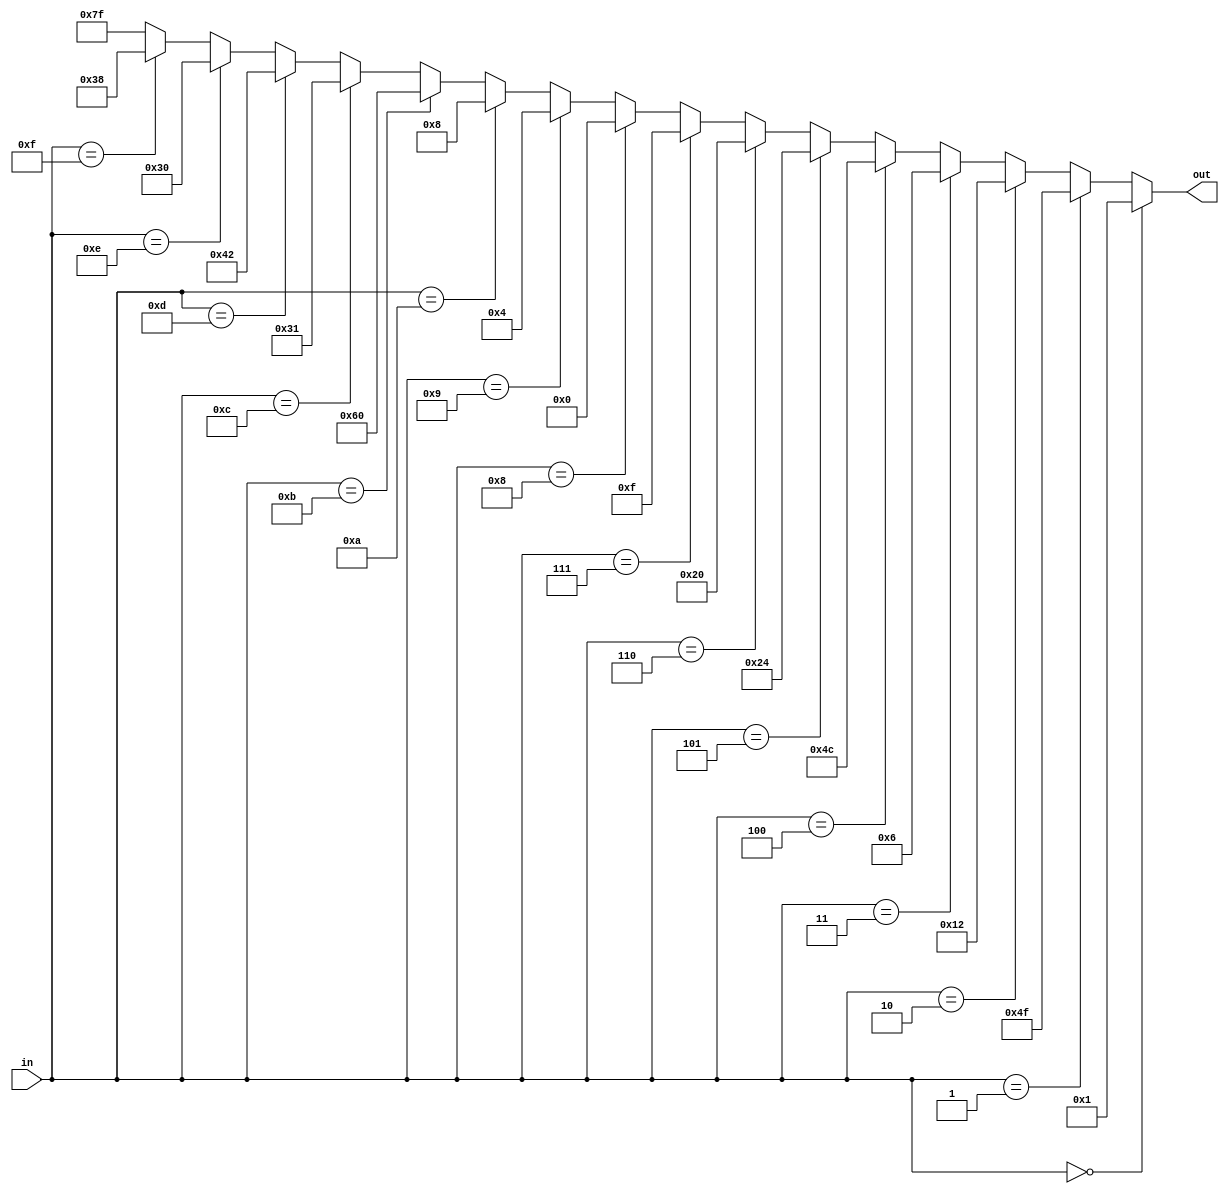
module bcd_code (
  input [3:0] in,
  output reg [6:0] out
);

always @(*) begin
  if (in == 4'b0000)
    out <= 7'b0000001;
  else if (in == 4'b0001)
    out <= 7'b1001111;
  else if (in == 4'b0010)
    out <= 7'b0010010;
  else if (in == 4'b0011)
    out <= 7'b0000110;
  else if (in == 4'b0100)
    out <= 7'b1001100;
  else if (in == 4'b0101)
    out <= 7'b0100100;
  else if (in == 4'b0110)
    out <= 7'b0100000;
  else if (in == 4'b0111)
    out <= 7'b0001111;
  else if (in == 4'b1000)
    out <= 7'b0000000;
  else if (in == 4'b1001)
    out <= 7'b0000100;
  else if (in == 4'b1010)
    out <= 7'b0001000;
  else if (in == 4'b1011)
    out <= 7'b1100000;
  else if (in == 4'b1100)
    out <= 7'b0110001;
  else if (in == 4'b1101)
    out <= 7'b1000010;
  else if (in == 4'b1110)
    out <= 7'b0110000;
  else if (in == 4'b1111)
    out <= 7'b0111000;
  else
    out <= 7'b1111111;
end

endmodule